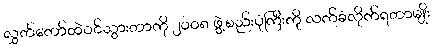
လွှတ်တော်ထဲဝင်သွားတာကို ၂၀၀၈ ဖွဲ့စည်းပုံကြီးကို လက်ခံလိုက်ရတာမျိုး